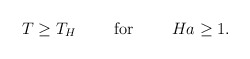
\begin{align*}T\geq T_H\ \ \ \ \ \ \ {\rm for}\ \ \ \ \ \ \ Ha\geq 1.\end{align*}